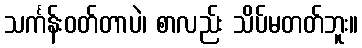
သင်္ကန်းဝတ်တာပဲ၊ စာလည်း သိပ်မတတ်ဘူး။